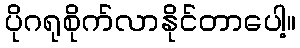
ပိုဂရုစိုက်လာနိုင်တာပေါ့။